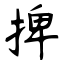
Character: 捭